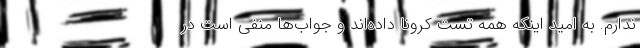
ندارم. به امید اینکه همه تست کرونا داده‌اند و جواب‌ها منفی است در